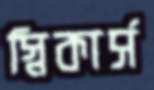
স্নিকার্স